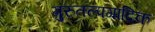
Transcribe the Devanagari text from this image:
गुरुतल्पगादिक